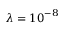
\lambda = { { 1 0 } ^ { - 8 } }